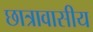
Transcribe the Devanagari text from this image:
छात्रावासीय